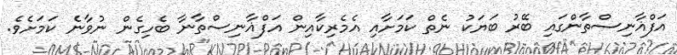
އަފްޣާނިސްތާންގައި ބޭރު ބަޔަކު ނެތް ކަމަށާއި އެމެރިކާއިން އަފްޣާނިސްތާނާ ބެހިގެން ނުވާނެ ކަމަށެވެ.